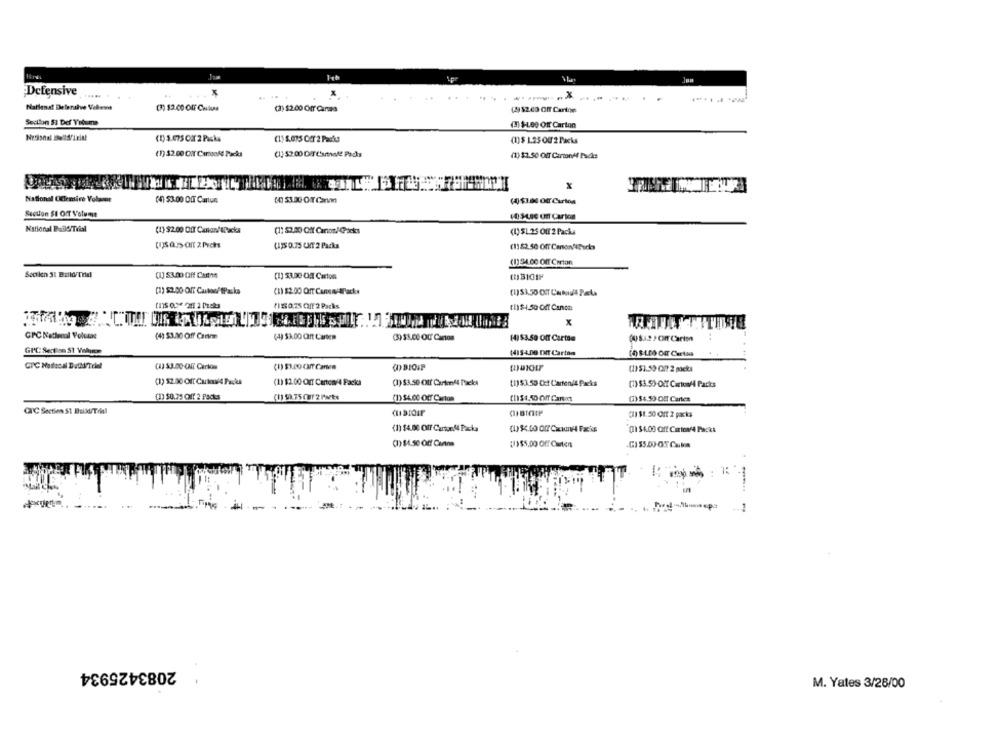
Defensive
X
.. ...
Nattenat Deteralve Velewit
(7) $2.00 Off CHalisa
(3) $2.00 Off Canas
(4) $2.43 Off Carloe
Section SI Def Volume
(3) $-Log Off Carton
(1) 5.075 OCT 2 Packs
(1)$ 125 OU 2 Packs
(1) $2 00 CIT Curtoold Packs
(1) 52.00 OFT Cartade Pads
(1) $3.50 Of Carton#4 Packs
x
National OClemire Volenet
(4) 53-00 OIT Carton
Section SI Off Volume
(4) SLEE UIT Carton
National PaildmTrial
(1) $2.00 OIT Canon/'sPacks
(1) 52.00 Off CariosAGicks
(1) $1.25 Off 2 Packs
(135 0.75 CM 2 Packs
(1)82.50 Off CanonSEPorks
(1)94.00 Off Carton
[1] $3.00 Off Carthe
[1] 53.00 OT Carlos
(1) $2.00- Off Carton Packs
(1) $2:00 OfT Canem Alack*
₹150.75 Cff 2 Packs
(1)$1.50 Off Canon
x
(4) 53.00 Off Canmm
(4) $3.00 CIft Cantes
(4)53.50 Off Cartas
14154.00 DIT Cartaa
(1) SRDO CT Caries
(D) BIOIF
(1151.59 CIT 2 packs
(1) 52.00 Of Curtow/4 Pages
(1) $2.00 Off Cartoni4 Packs
(1) $3.50 Off CartonAl Packes
(1)53 53 Chef Carteni4 Packs
(1) $3.59-Off Cartoon/4 Parks
(1) $0.75 Off 2 Packs
(1) 9175 CHF 2 Parts
(1)54.00 Off Carton
()54.59-OM Cartes
CIC Section $1 Build/Tilsl
C11 $1.50 OIT 2 pak;
(1) $4.00 Off Cartonl4 Packa
(1 54.00 Off Ciriov/4 Packs
(1) $1.50 Off Canmm
(1)$5,00 OF Carten
2083425934
M. Yates 3/28/00